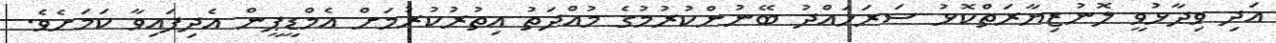
އަދި ވިދާޅުވީ ލޮނުޒިޔާރަތްކޮޅު ސަރަހައްދު ބޭނުންކުރުމުގެ މުއްދަތު އިތުރުކުރުމަށް އެމްޑީޕީން އެދިފައިވާ ކަމަށެވެ.